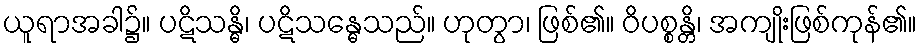
ယူရာအခါ၌။ ပဋိသန္ဓိ၊ ပဋိသန္ဓေသည်။ ဟုတွာ၊ ဖြစ်၏။ ဝိပစ္စန္တိ၊ အကျိုးဖြစ်ကုန်၏။